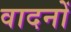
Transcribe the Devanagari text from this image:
वादनों